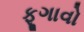
ફૂગાવો